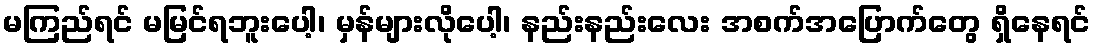
မကြည်ရင် မမြင်ရဘူးပေါ့၊ မှန်များလိုပေါ့၊ နည်းနည်းလေး အစက်အပြောက်တွေ ရှိနေရင်